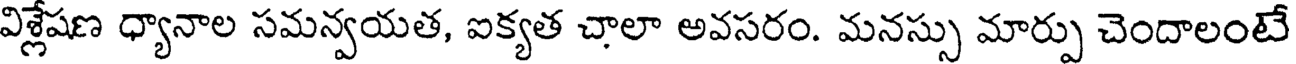
విశ్లేషణ ధ్యానాల సమన్వయత, ఐక్యత చాలా అవసరం. మనస్సు మార్పు చెందాలంటే